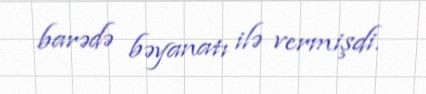
barədə bəyanatı ilə vermişdi.